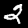
Digit: 2